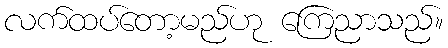
လက်ထပ်တော့မည်ဟု ကြေညာသည်။